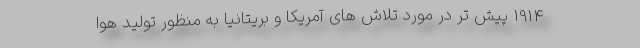
1914 پیش تر در مورد تلاش های آمریکا و بریتانیا به منظور تولید هوا